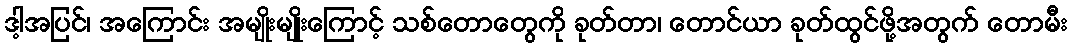
ဒါ့အပြင်၊ အကြောင်း အမျိုးမျိုးကြောင့် သစ်တောတွေကို ခုတ်တာ၊ တောင်ယာ ခုတ်ထွင်ဖို့အတွက် တောမီး